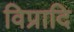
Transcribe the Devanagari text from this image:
विप्रादि